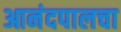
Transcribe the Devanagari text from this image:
आनंदपालचा